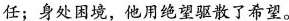
任；身处困境，他用绝望驱散了希望。